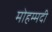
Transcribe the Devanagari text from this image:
मोहम्‍मदी